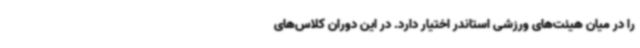
را در میان هیئت‌های ورزشی استاندر اختیار دارد. در این دوران کلاس‌های